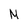
Character: M